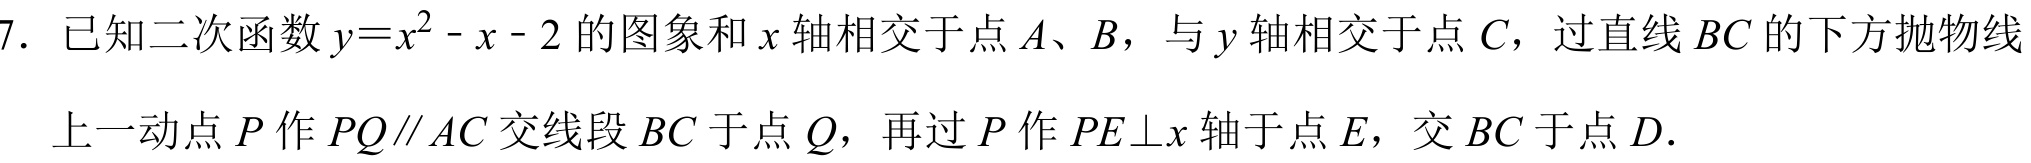
7. 已知二次函数\(y = x^{2}-x - 2\)的图象和\(x\)轴相交于点\(A\)、\(B\)，与\(y\)轴相交于点\(C\)，过直线\(BC\)的下方抛物线
上一动点\(P\)作\(PQ\parallel AC\)交线段\(BC\)于点\(Q\)，再过\(P\)作\(PE\perp x\)轴于点\(E\)，交\(BC\)于点\(D\).